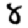
Digit: 8